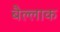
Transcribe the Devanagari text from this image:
बैल्लाक